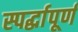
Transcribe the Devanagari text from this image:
स्पर्द्धापूर्ण